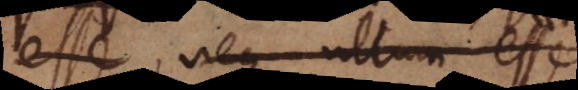
esse, neque ullum esse